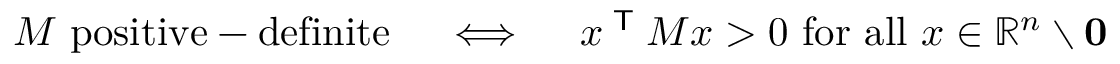
M { \mathrm { ~ p o s i t i v e - d e f i n i t e } } \quad \iff \quad x ^ { \textsf { T } } M x > 0 { \mathrm { ~ f o r ~ a l l ~ } } x \in \mathbb { R } ^ { n } \setminus \mathbf { 0 }